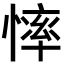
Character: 𢟳